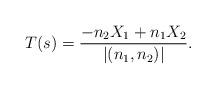
LaTeX: \begin{align*}T(s) = \frac{-n_2X_1+n_1X_2}{|(n_1,n_2)|}.\end{align*}